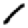
Digit: 1